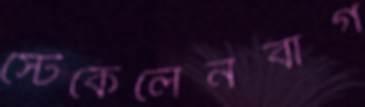
স্টেকেলেনবার্গ